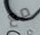
مع